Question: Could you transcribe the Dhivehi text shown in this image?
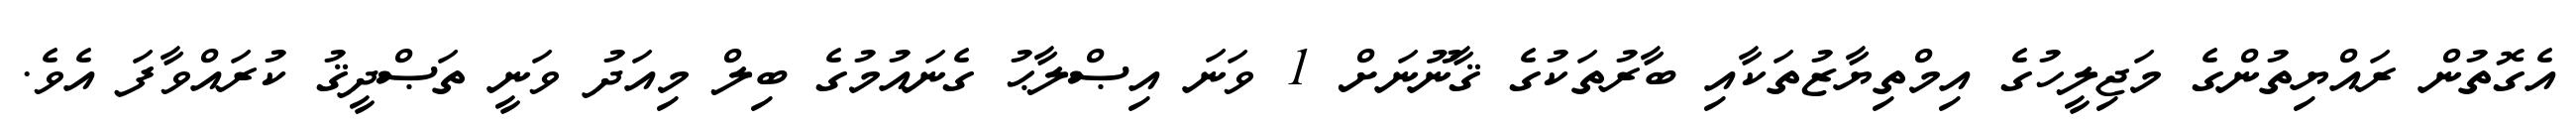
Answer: އެގޮތުން ރައްޔިތުންގެ މަޖިލީހުގެ އިމްތިޔާޒުތަކާއި ބާރުތަކުގެ ޤާނޫނަށް 1 ވަނަ އިޞްލާޙު ގެނައުމުގެ ބިލް މިއަދު ވަނީ ތަޞްދީޤު ކުރައްވާފަ އެވެ.